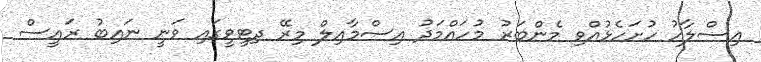
އިސްލާހު ހުށަހެޅުއްވި މެންބަރު މުހައްމަދު އިސްމާއިލް މިރޭ ދިޓީވީގައި ވަނީ ނައިބު ރައީސް